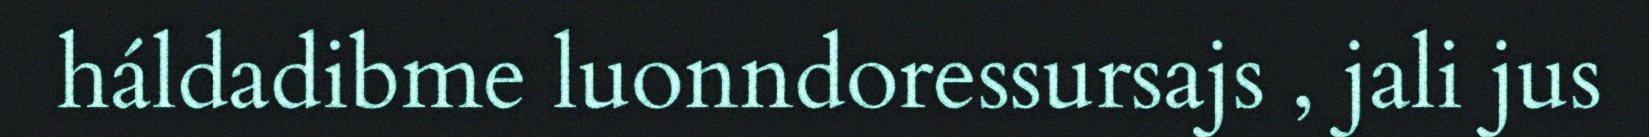
háldadibme luonndoressursajs , jali jus